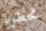
نحضره